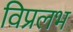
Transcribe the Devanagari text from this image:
विप्रलभ